Rangoon Lunatic Asylum 1893-1897 - 1893-1897
Year: 1893
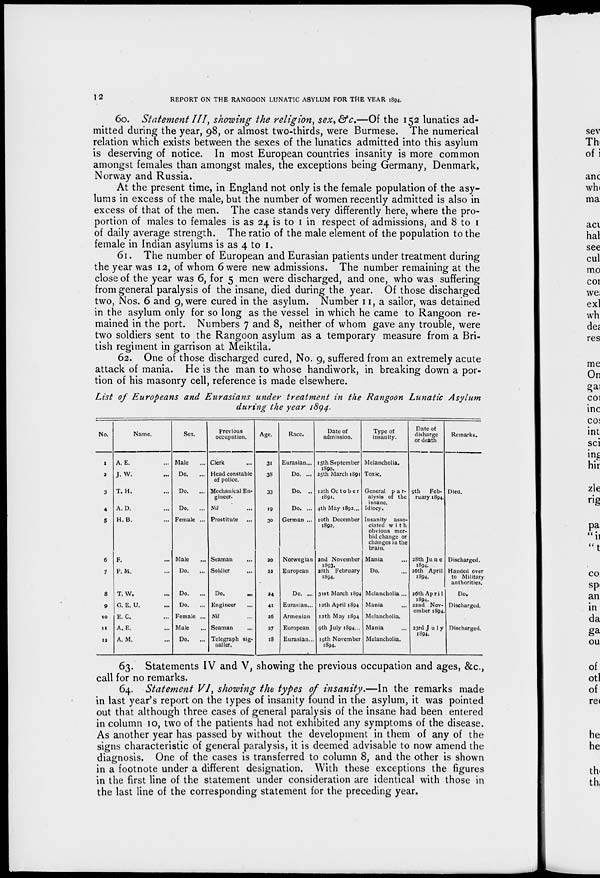
12
REPORT ON THE RANGOON LUNATIC ASYLUM FOR THE YEAR 1894.
60. Statement III, showing the religion, sex, &c.—Of the 152 lunatics ad-
mitted during the year, 98, or almost two-thirds, were Burmese. The numerical
relation which exists between the sexes of the lunatics admitted into this asylum
is deserving of notice. In most European countries insanity is more common
amongst females than amongst males, the exceptions being Germany, Denmark,
Norway and Russia.
At the present time, in England not only is the female population of the asy-
lums in excess of the male, but the number of women recently admitted is also in
excess of that of the men. The case stands very differently here, where the pro-
portion of males to females is as 24 is to 1 in respect of admissions, and 8 to 1
of daily average strength. The ratio of the male element of the population to the
female in Indian asylums is as 4 to 1.
61. The number of European and Eurasian patients under treatment during
the year was 12, of whom 6 were new admissions. The number remaining at the
close of the year was 6, for 5 men were discharged, and one, who was suffering
from general paralysis of the insane, died during the year. Of those discharged
two, Nos. 6 and 9, were cured in the asylum. Number 11, a sailor, was detained
in the asylum only for so long as the vessel in which he came to Rangoon re-
mained in the port. Numbers 7 and 8, neither of whom gave any trouble, were
two soldiers sent to the Rangoon asylum as a temporary measure from a Bri-
tish regiment in garrison at Meiktila.
62. One of those discharged cured, No. 9, suffered from an extremely acute
attack of mania. He is the man to whose handiwork, in breaking down a por-
tion of his masonry cell, reference is made elsewhere.
List of Europeans and Eurasians under treatment in the Rangoon Lunatic Asylum
during the year 1894.
No.
1
2
3
4
5
6
7
8
9
10
11
12
Name.
A. E. ...
J. W. ...
T. H. ...
A. D. ...
H.B. ...
F. ...
P. M. ...
T. W. ...
G. E. U. ...
E. C. ...
A. E. ...
A. M. ...
Sex.
Male
Do. ...
Do.
...
Do. ...
Female ...
Male
Do.
...
Do.
...
Do.
Female ...
Male ...
Do.
...
Previous
occupation.
Clerk ...
Head constable
of police.
Mechanical En-
gineer.
Nil ...
Prostitute ...
Seaman ...
Soldier ...
Do.
...
Engineer ...
Nil ...
Seaman ...
Telegraph sig-
naller.
Age.
31
38
33
19
30
20
23
24
41
26
27
18
Race.
Eurasian...
Do. ...
Do. ..
Do. ...
German ...
Norwegian
European
Do. ...
Eurasian...
Armenian
European
Eurasian...
Date of
admission.
15th September
25th March 1891
12th October
1891.
4th May 1892...
10th December
1892.
2nd November
1893.
28th February
1894.
31st March 1894
12th April 1894
12th May 1894
9th July 1894...
19th November
1894.
Type of
insanity.
Melancholia.
Toxic.
General par-
alysis of the
insane.
Idiocy.
Insanity asso-
ciated with
obvious mor-
bid change or
changes in the
brain.
Mania ...
Do. ...
Melancholia...
Mania ...
Melancholia.
Mania ...
Melancholia.
Date of
disharge
or death
9th
Feb-
ruary 1894.
28th June
1894.
26th April
1894.
26th Apri1
1894.
22nd Nov-
ember 1894.
23rd July
1894.
Remarks.
Died.
Discharged.
Handed over
to Military
authorities.
Do.
Discharged.
Discharged.
63. Statements IV and V, showing the previous occupation and ages, &c,
call for no remarks.
64. Statement VI, showing the types of insanity.—In the remarks made
in last year's report on the types of insanity found in the asylum, it was pointed
out that although three cases of general paralysis of the insane had been entered
in column 10, two of the patients had not exhibited any symptoms of the disease.
As another year has passed by without the development in them of any of the
signs characteristic of general paralysis, it is deemed advisable to now amend the
diagnosis. One of the cases is transferred to column 8, and the other is shown
in a footnote under a different designation. With these exceptions the figures
in the first line of the statement under consideration are identical with those in
the last line of the corresponding statement for the preceding year.